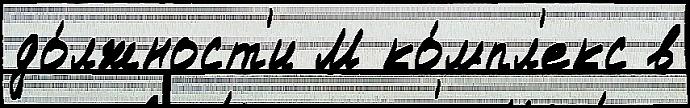
до́лжност'и М ко́мпл'екс в